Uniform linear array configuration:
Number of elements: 32
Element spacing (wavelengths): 0.25
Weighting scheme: exponential
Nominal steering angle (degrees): -60
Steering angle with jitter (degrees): -59.496
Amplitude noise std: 0.05
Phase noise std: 0.05

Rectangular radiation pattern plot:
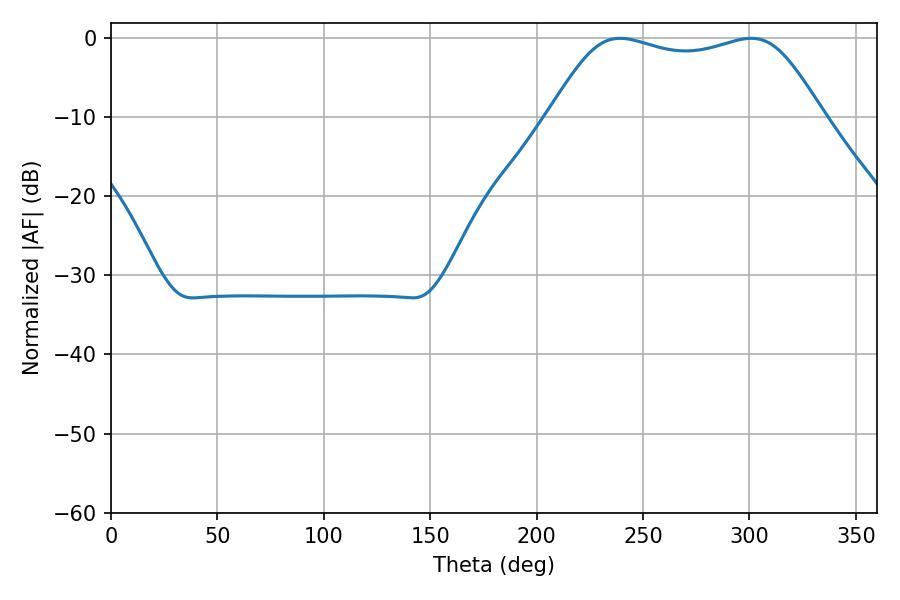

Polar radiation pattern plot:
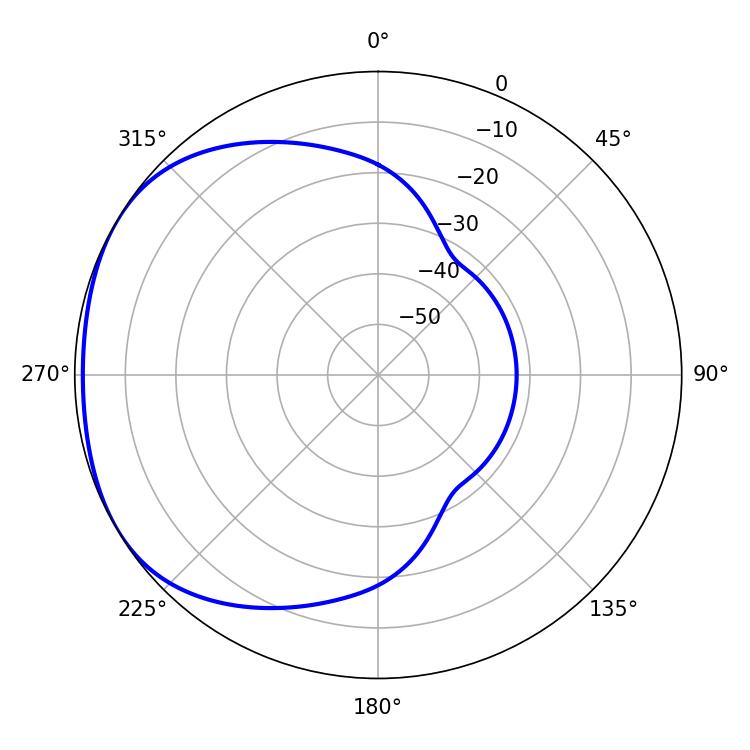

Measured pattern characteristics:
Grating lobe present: FALSE
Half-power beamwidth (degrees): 97.92
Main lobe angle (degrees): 239.22